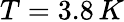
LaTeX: T=3.8\, K